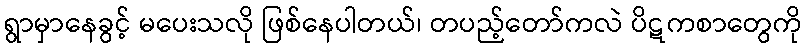
ရွာမှာနေခွင့် မပေးသလို ဖြစ်နေပါတယ်၊ တပည့်တော်ကလဲ ပိဋကစာတွေကို